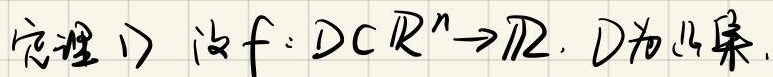
定理 1) 设 $f: D \subset \mathbb{R}^{n} \to \mathbb{R}$, $D$ 为凸集.